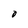
Character: O